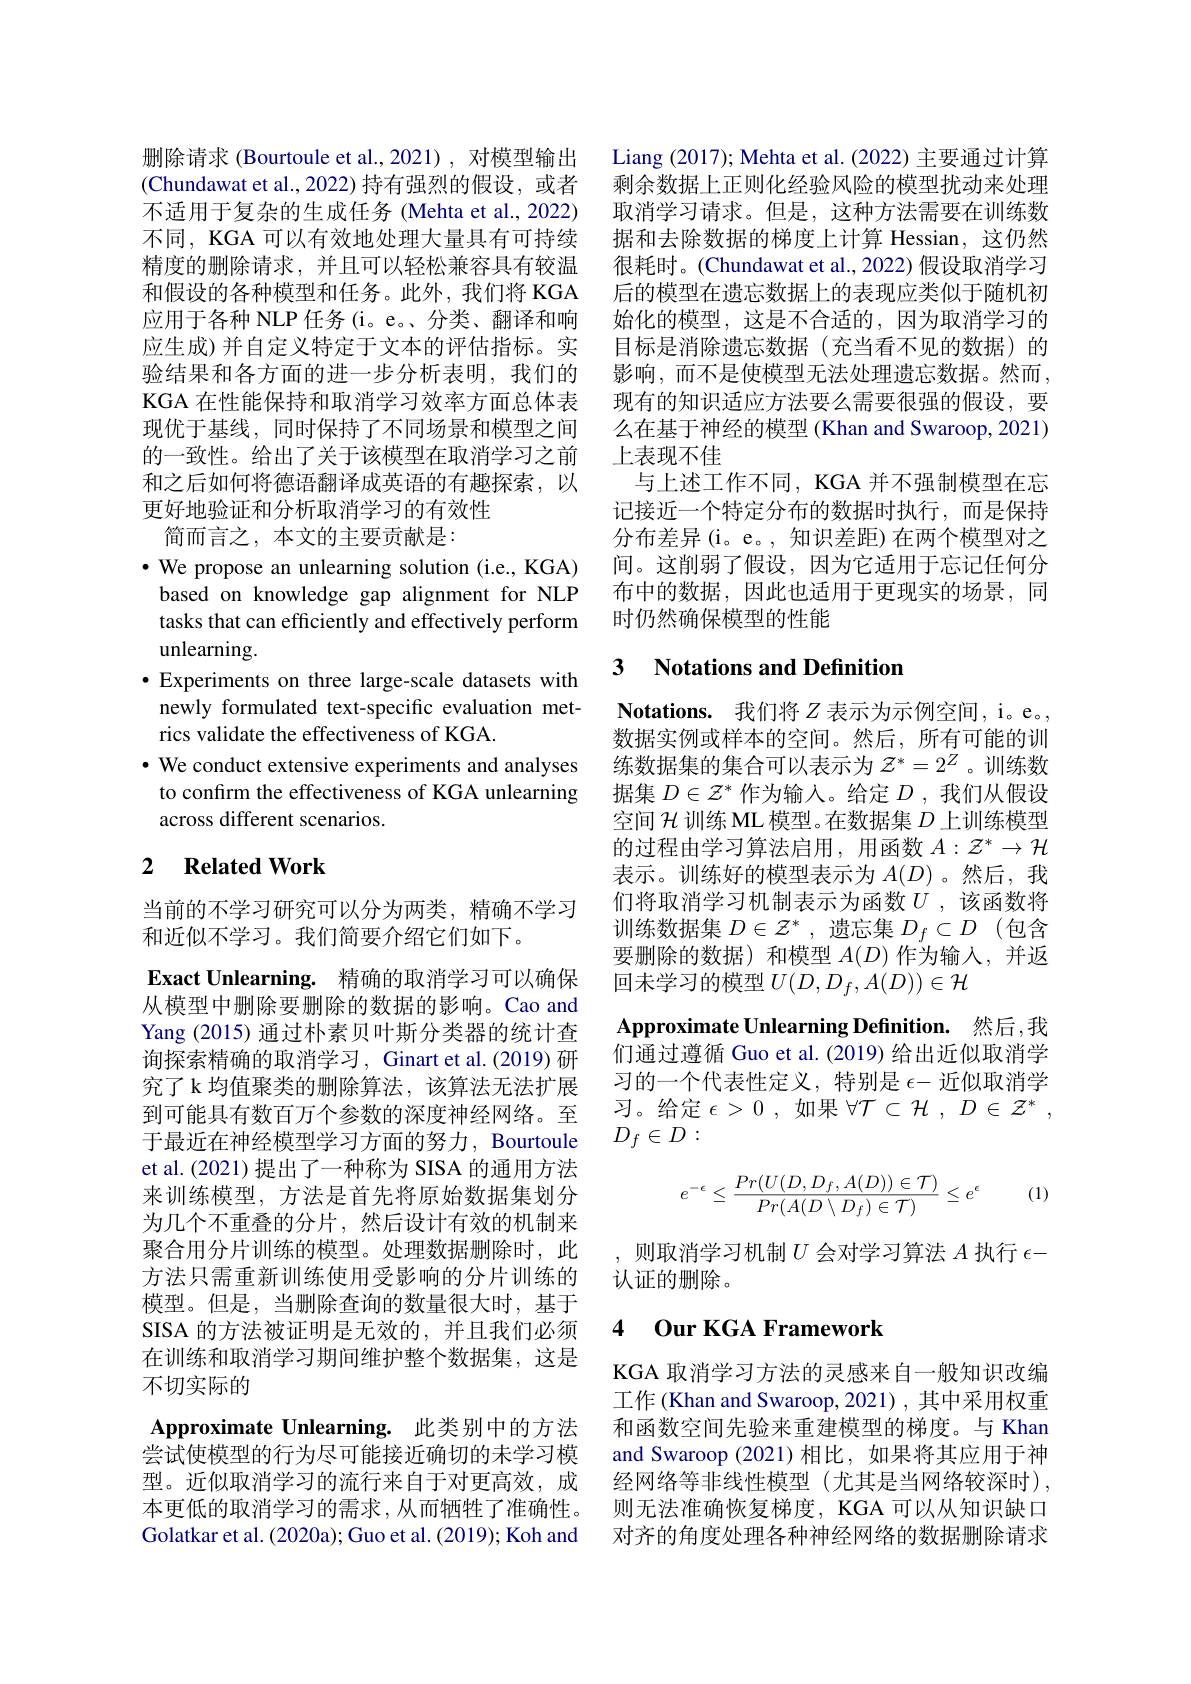
删除请求 (Bourtoule et al., 2021) , 对模型输出 Liang (2017); Mehta et al. (2022) 主要通过计算(Chundawat et al.,2022) 持有强烈的假设，或者 剩余数据上正则化经验风险的模型扰动来处理不适用于复杂的生成任务 (Mehta et al., 2022) 取消学习请求。但是，这种方法需要在训练数不同，KGA 可以有效地处理大量具有可持续 据和去除数据的梯度上计算 Hessian,这仍然精度的删除请求，并且可以轻松兼容具有较温 很耗时。(Chundawat et al.,2022) 假设取消学习和假设的各种模型和任务。此外，我们将 KGA 后的模型在遗忘数据上的表现应类似于随机初应用于各种 NLP 任务 (i。e。、分类、翻译和响应生成)并自定义特定于文本的评估指标。实验结果和各方面的进一步分析表明，我们的KGA 在性能保持和取消学习效率方面总体表现优于基线，同时保持了不同场景和模型之间的一致性。给出了关于该模型在取消学习之前和之后如何将德语翻译成英语的有趣探索，以更好地验证和分析取消学习的有效性

简而言之，本文的主要贡献是：

$\bullet$ We propose an unlearning solution (i.e., KGA) based on knowledge gap alignment for NLP tasks that can efficiently and effectively perform unlearning.
$\bullet$ Experiments on three large-scale datasets with newly formulated text-specific evaluation metrics validate the effectiveness of KGA
$\cdot$ We conduct extensive experiments and analyses to confirm the effectiveness of KGA unlearning across different scenarios.

## 2 $\textbf{Related Work}$

当前的不学习研究可以分为两类，精确不学习
和近似不学习。我们简要介绍它们如下。
$\textbf{Exact Unlearning. 精 确 的 取 消 学 习 可 以 确 保 }$ 从模型中删除要删除的数据的影响。Cao and Yang (2015) 通过朴素贝叶斯分类器的统计查询探索精确的取消学习，Ginart et al.(2019) 研究了 k 均值聚类的删除算法，该算法无法扩展到可能具有数百万个参数的深度神经网络。至于最近在神经模型学习方面的努力，Bourtoule et al.(2021) 提出了一种称为 SISA 的通用方法来训练模型，方法是首先将原始数据集划分为几个不重叠的分片，然后设计有效的机制来聚合用分片训练的模型。处理数据删除时，此方法只需重新训练使用受影响的分片训练的模型。但是，当删除查询的数量很大时，基于SISA 的方法被证明是无效的，并且我们必须在训练和取消学习期间维护整个数据集，这是不切实际的
Approximate Unlearning. 此类别中的方法尝试使模型的行为尽可能接近确切的未学习模型。近似取消学习的流行来自于对更高效，成本更低的取消学习的需求，从而牺牲了准确性。Golatkar et al. (2020a); Guo et al. (2019); Koh and

始化的模型，这是不合适的，因为取消学习的目标是消除遗忘数据(充当看不见的数据)的影响，而不是使模型无法处理遗忘数据。然而， 现有的知识适应方法要么需要很强的假设，要么在基于神经的模型 (Khan and Swaroop, 2021) 上表现不佳
与上述工作不同，KGA 并不强制模型在忘记接近一个特定分布的数据时执行，而是保持分布差异(i。e。, 知识差距)在两个模型对之间。这削弱了假设，因为它适用于忘记任何分布中的数据，因此也适用于更现实的场景，同时仍然确保模型的性能

## 3 $\textbf{Notations and Definitior}$

Notations. 我们将$Z$表示为示例空间，i。e。, 数据实例或样本的空间。然后，所有可能的训练数据集的集合可以表示为$\mathcal{Z}^*=2^Z$ 。训练数据集$D\in\mathcal{Z}^*$作为输入。给定$D$,我们从假设空间$\mathcal{H}$训练 ML 模型。在数据集$D$上训练模型的过程由学习算法启用，用函数$A:\mathcal{Z}^*\to\mathcal{H}$ 表示。训练好的模型表示为$A(D)$ 。然后，我们将取消学习机制表示为函数$U$ ,该函数将训练数据集$D\in\mathcal{Z}^*$ ,遗忘集$D_f\subset D$ (包含要删除的数据)和模型$A(D)$作为输入，并返回未学习的模型$U(D,D_f,A(D))\in\mathcal{H}$

Approximate Unlearning Definition. 然后，我

们通过遵循 Guo et al. (2019) 给出近似取消学习的一个代表性定义，特别是$\epsilon-$近似取消学习。给定$\epsilon>0$,如果$\forall\mathcal{T}\subset\mathcal{H},D\in\mathcal{Z}^*$, $D_f\in D:$

(1)
$$e^{-\epsilon}\leq\frac{Pr(U(D,D_f,A(D))\in\mathcal T)}{Pr(A(D\setminus D_f)\in\mathcal T)}\leq e^{\epsilon}$$
,则取消学习机制$U$会对学习算法$A$执行$\epsilon-$
认证的删除。

### 4 $\textbf{Our KGA Framework}$

KGA 取消学习方法的灵感来自一般知识改编工作 (Khan and Swaroop, 2021) , 其中采用权重和函数空间先验来重建模型的梯度。与 Khan and Swaroop (2021)相比，如果将其应用于神经网络等非线性模型(尤其是当网络较深时), 则无法准确恢复梯度，KGA 可以从知识缺口对齐的角度处理各种神经网络的数据删除请求